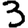
Digit: 3